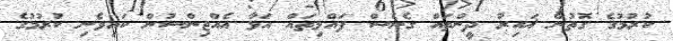
ކުރުމުގެ ގޮތުން ޣައިރު ދީންތައް ގެނެސް ފައްޅިތައް އަޅާ އެއްޖިންސުން ކައިވެނި ކުރުމުގެ